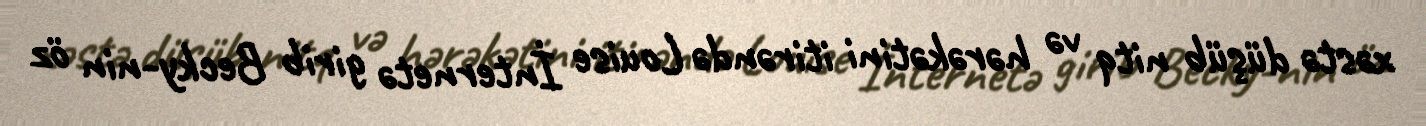
xəstə düşüb nitq və hərəkətini itirəndə Louise İnternetə girib Becky-nin öz